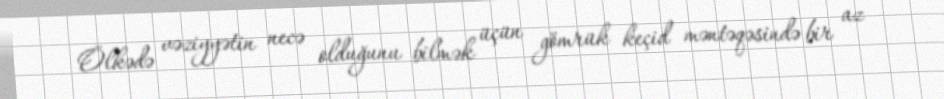
Ölkədə vəziyyətin necə olduğunu bilmək üçün gömrük keçid məntəqəsində bir az